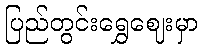
ပြည်တွင်းရွှေဈေးမှာ